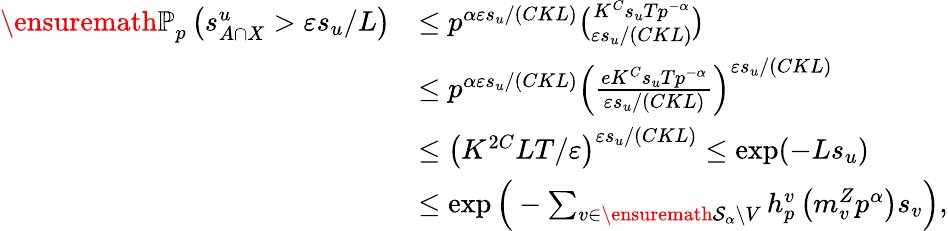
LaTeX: \begin{array}{rl}{{\ensuremath{\mathbb P}}_{p}\left(s_{A\cap X}^{u}>\varepsilon s_{u}/L\right)}&{\le p^{\alpha\varepsilon s_{u}/(CKL)}\binom{K^{C}s_{u}Tp^{-\alpha}}{\varepsilon s_{u}/(CKL)}}\\ &{\le p^{\alpha\varepsilon s_{u}/(CKL)}\left(\frac{eK^{C}s_{u}Tp^{-\alpha}}{\varepsilon s_{u}/(CKL)}\right)^{\varepsilon s_{u}/(CKL)}}\\ &{\le\left(K^{2C}LT/\varepsilon\right)^{\varepsilon s_{u}/(CKL)}\le\exp(-Ls_{u})}\\ &{\le\exp\Big(-\sum_{v\in\ensuremath{\mathcal S}_{\alpha}\setminus V}h_{p}^{v}\left(m_{v}^{Z}p^{\alpha}\right)s_{v}\Big),}\end{array}